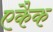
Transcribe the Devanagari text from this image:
एकैक